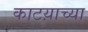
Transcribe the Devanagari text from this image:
काटय़ाच्या